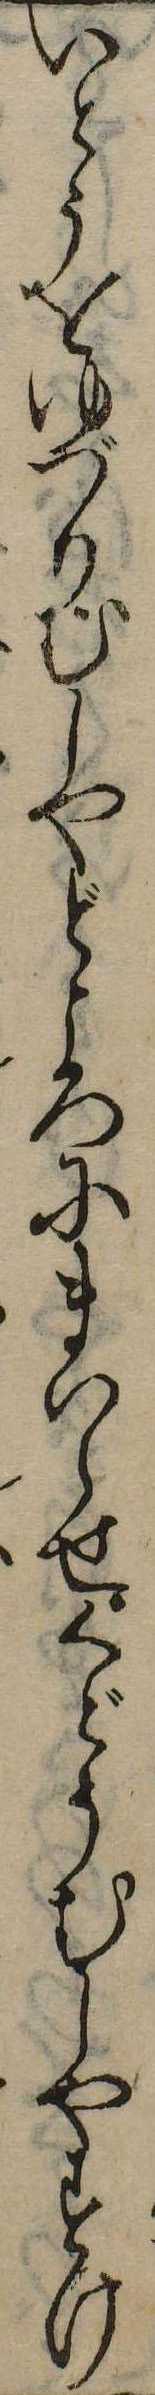
いとうをゆづりむしやどころにまいらせくどうむしやすけ